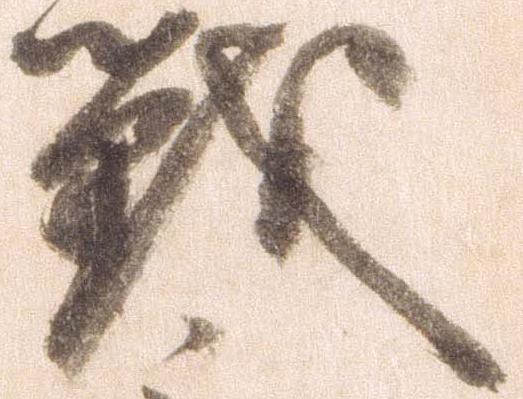
戦